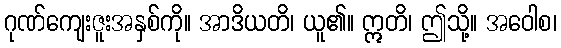
ဂုဏ်ကျေးဇူးအနှစ်ကို။ အာဒိယတိ၊ ယူ၏။ ဣတိ၊ ဤသို့။ အဝေါစ၊